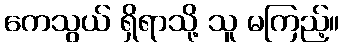
ကေသွယ် ရှိရာသို့ သူ မကြည့်။